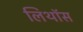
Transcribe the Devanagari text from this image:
लिथॉस